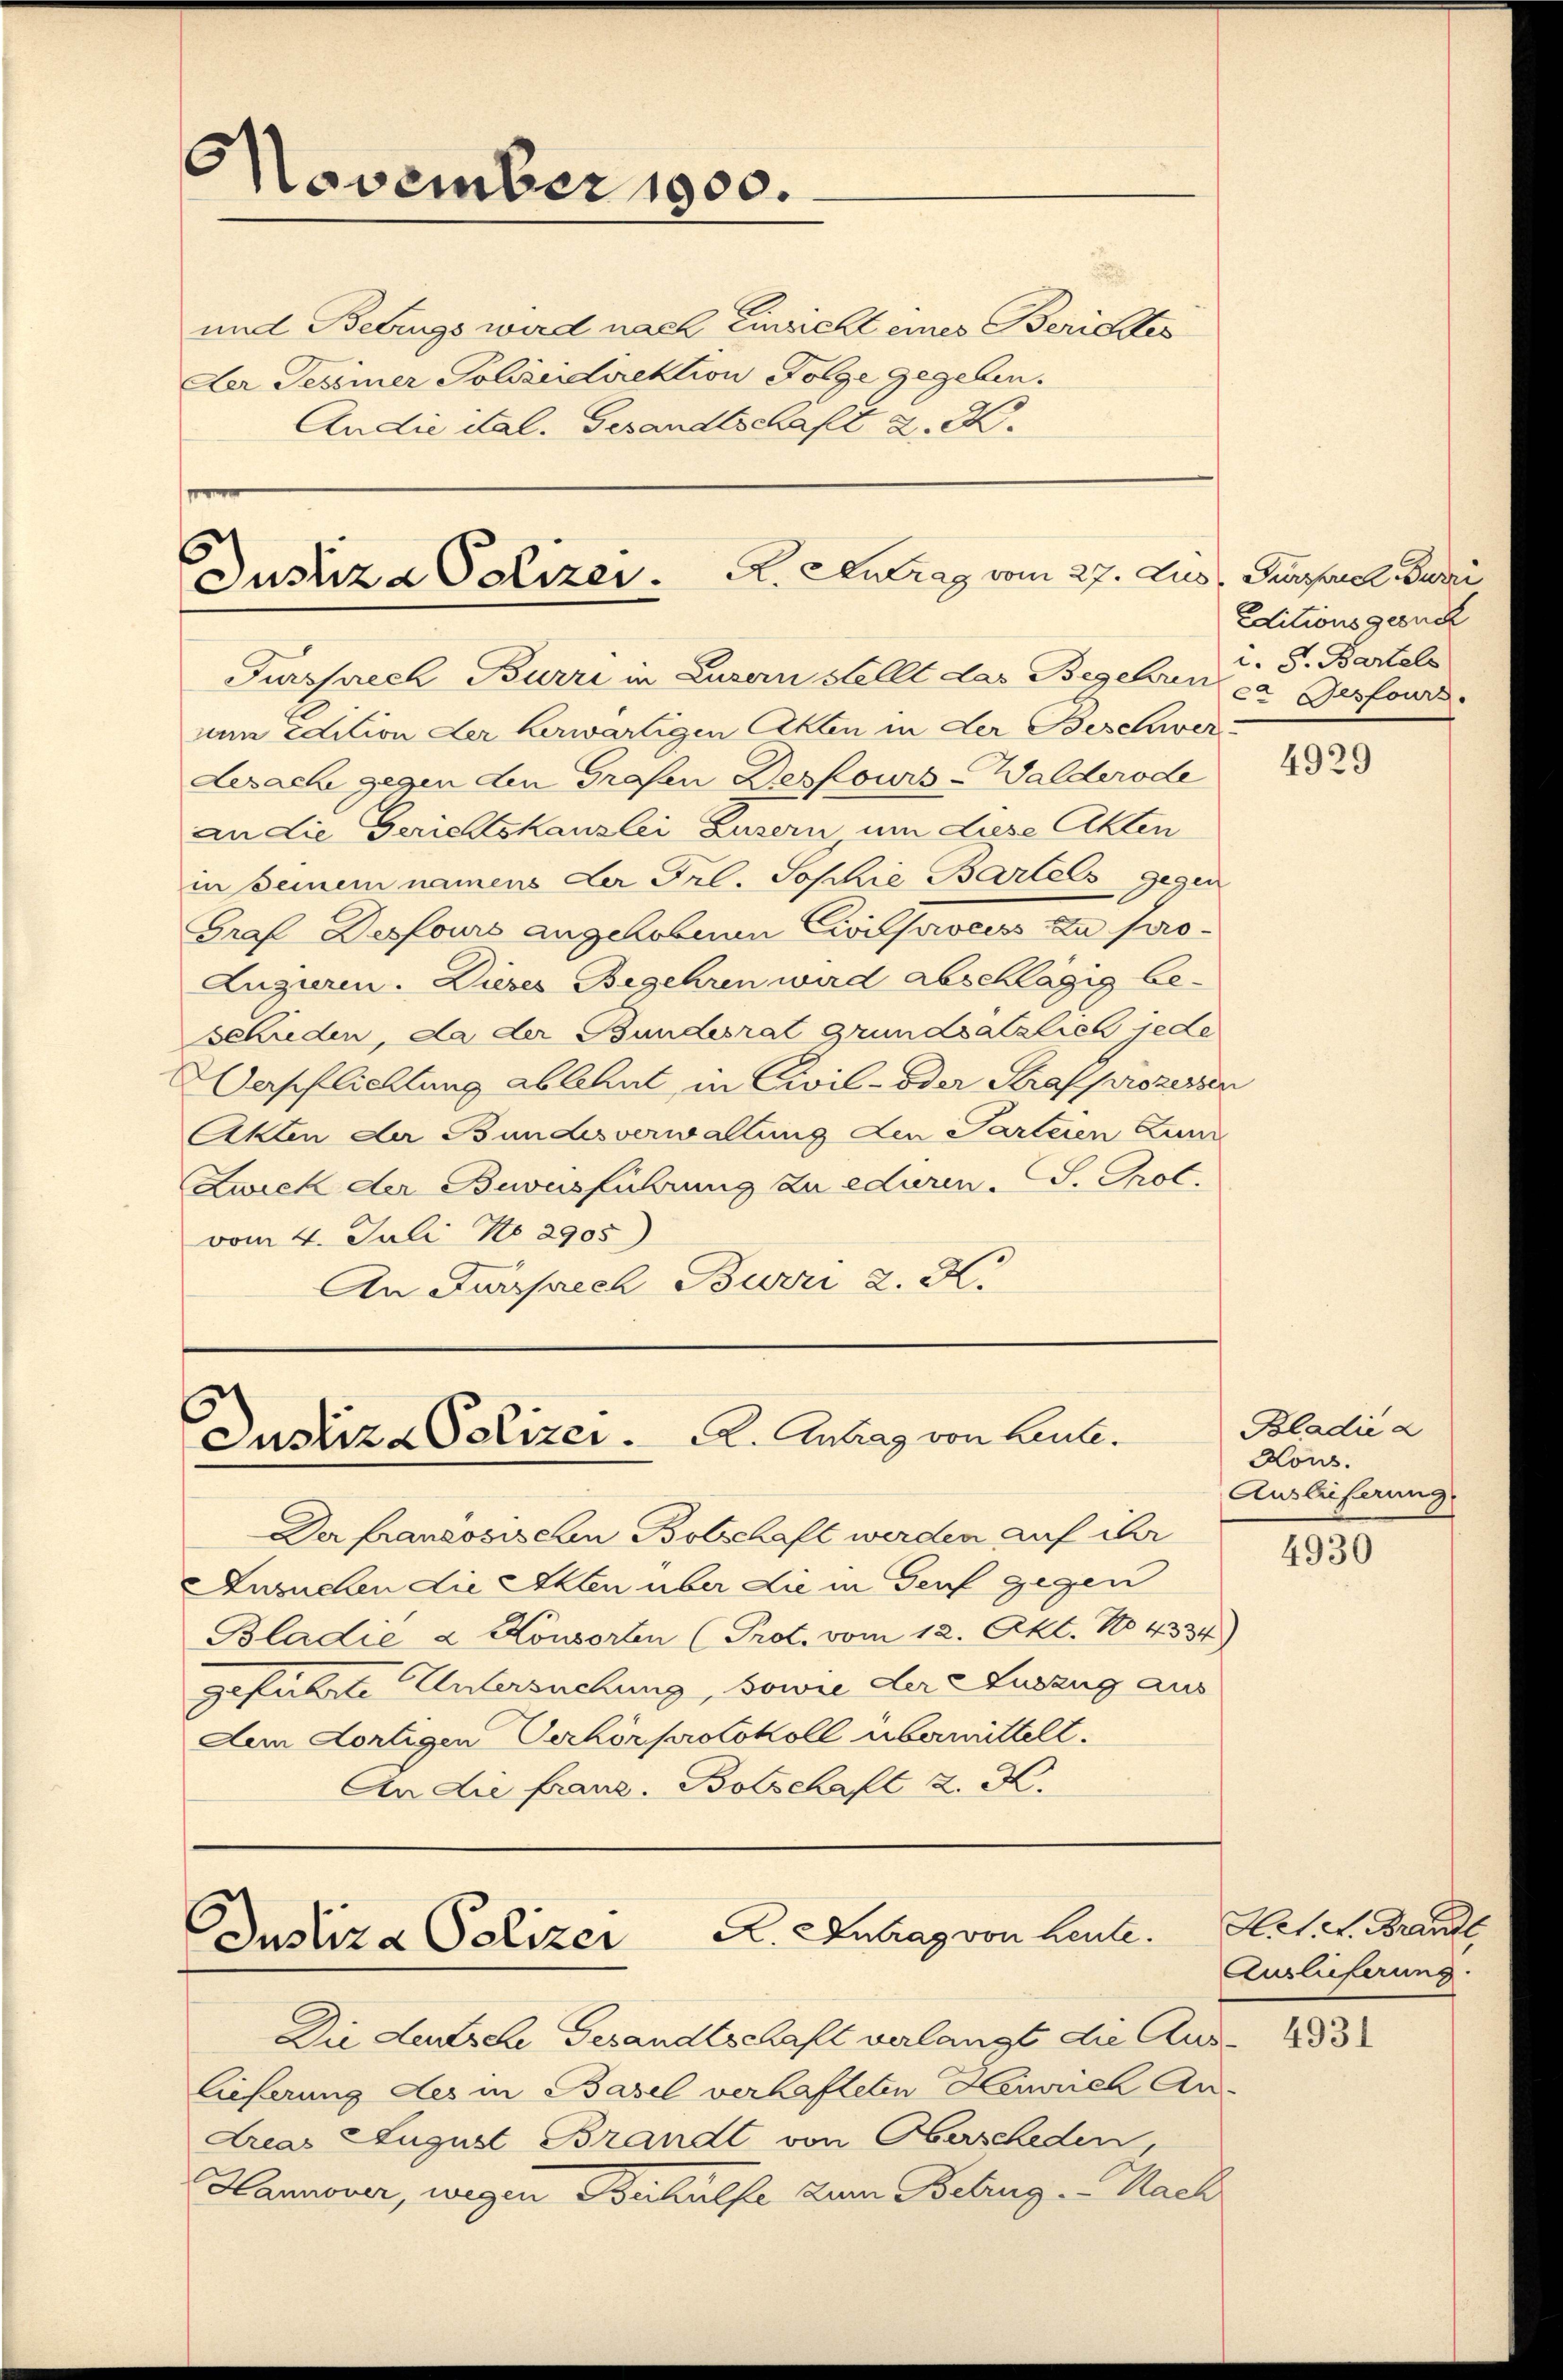
November 1900.

und Betrugs wird nach Einsicht eines Berichtes
Der Tessiner Polizeidirektion Folge gegeben.
Andie ital. Gesandtschaft z. K.

Justiza Polizer. A. Antrag vom 27. Jus, Personel Juri

Justiz & Polizer. A. Antrag von Leute.

Der franzosischen Botschaft werden auf ihr
Ansuchen die Akten über die in Genf gegen
Bladie a. Konsorten (Prot. vom 12. Okt. No. 4334)
geführte Untersuchung, sowie der Auszug aus
Aem dortigen Verhörprotokoll übermittelt.
An die franz. Botschaft z. K.

Fursprech Burri in Luzern stellt das Begehung S. Bartels
uum edition der herwärtigen Akten in der Beschwer-
Lepache gegen den Grafen Deskowis-Walderode
an die Gerichtskanzlei Busern um diese Akten
in seinem namens der Frl. Sophie Bartels gegen
Graf Desfours angehoben Civilsweiss zu pro¬
Augieren. Dieses Begehren wird abschlägig beschieden, da der Bundesrat grundsätzlich jede
Verpflichtung ablehnt in Civil- oder Strafprozessen
Akten der Bundesverwaltung den Parteien Zun
Zweck der Buonsführung zu eduren. S. Prot.
vom 4. Juli No 2905)
An Fürsprech Burri 2. K.

Justiza Polizei A. Antrag von Leute.

Die deutsche Gesandtschaft verlangt die Auslieferung des in Basel verhafteten Heinrich An-
dreas August Brandt von Oberscheden,
Hannover, wegen Beihülfe zum Betrug. Nach

Editionsgesuch
ce Gesfours.

Bladić d
Hous.
Auslieferung.

4929

4930

Hetet. Brandt,
Auslieferung

4931